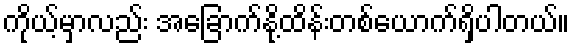
ကိုယ့်မှာလည်း အခြောက်နို့ထိန်းတစ်ယောက်ရှိပါတယ်။